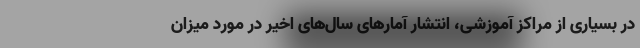
در بسیاری از مراکز آموزشی، انتشار آمارهای سال‌های اخیر در مورد میزان